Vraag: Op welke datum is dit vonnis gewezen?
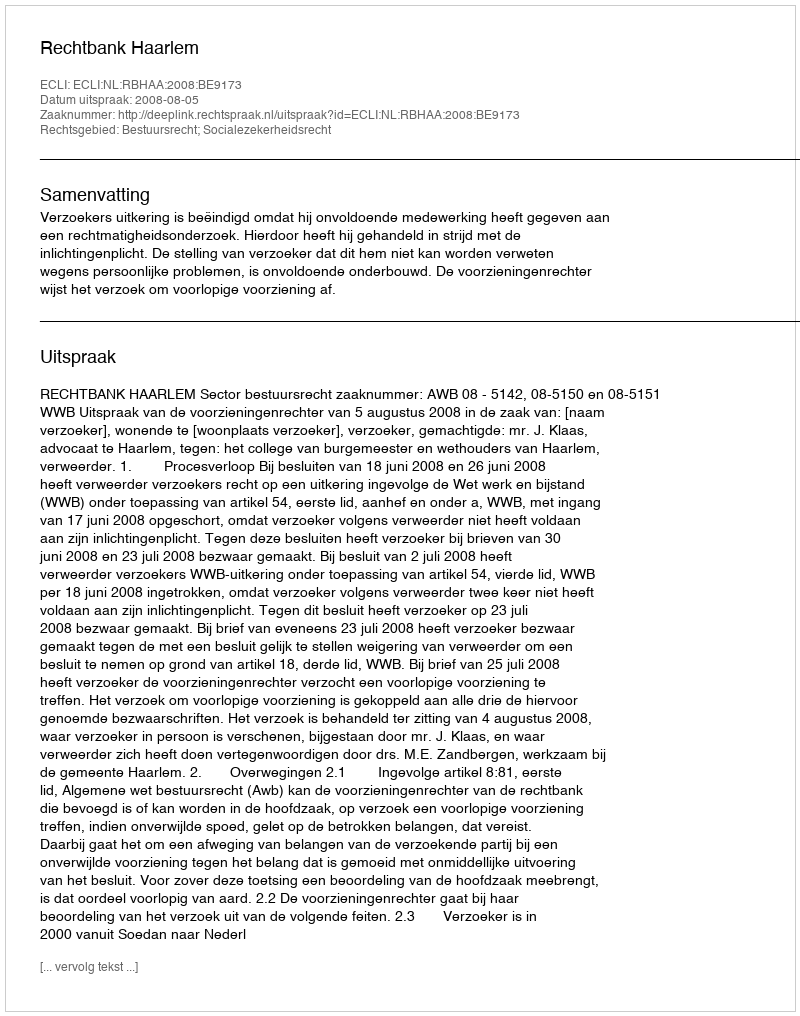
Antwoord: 2008-08-05